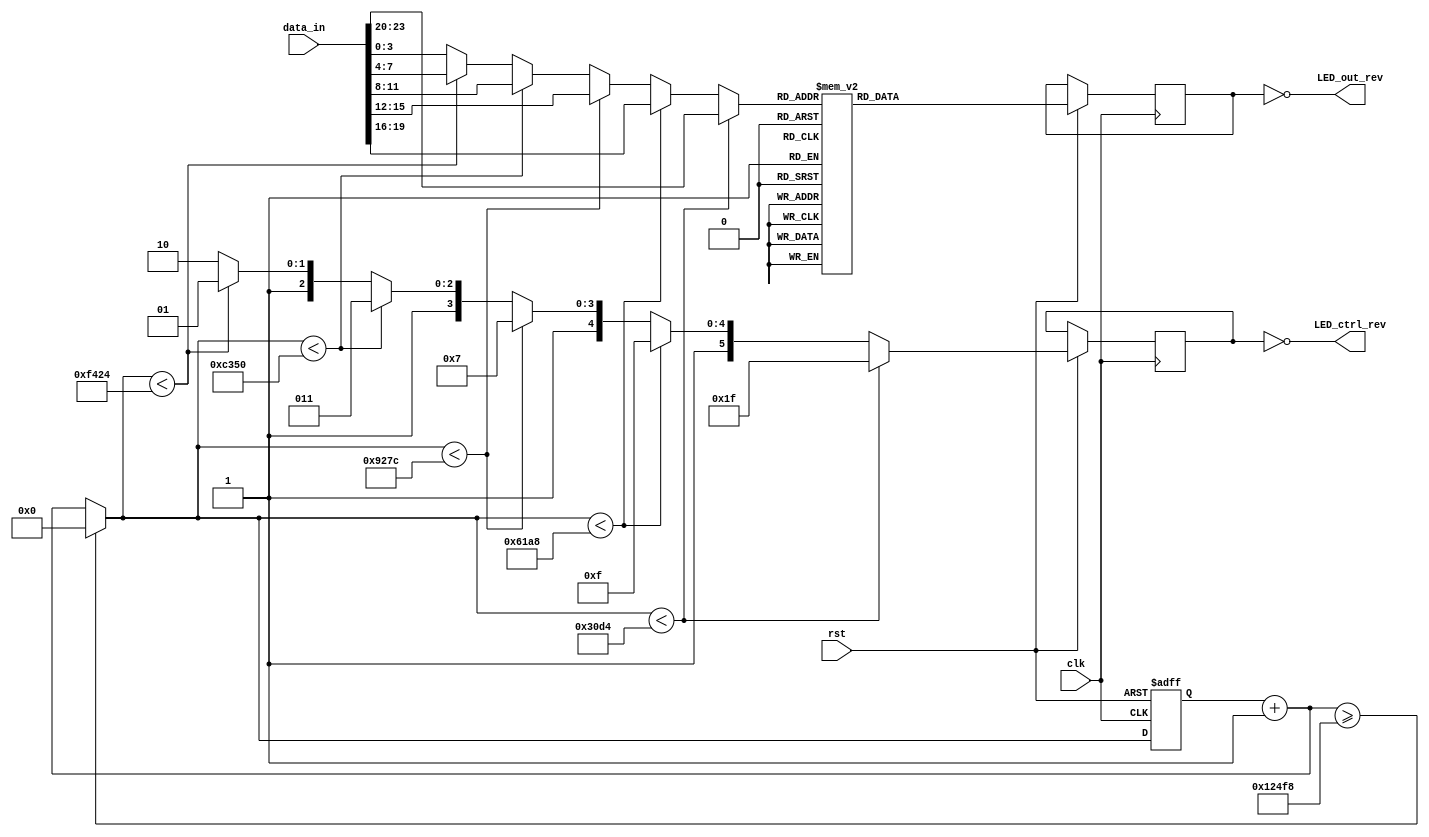
module Anvyl_DISP(
    output [7 : 0] LED_out_rev,
    output [5 : 0] LED_ctrl_rev,
    input clk,
    input rst,
    input [23 : 0] data_in
    );

	reg [7 : 0] LED_out;
	reg [5 : 0] LED_ctrl;
	reg [3 : 0] LED_content;
	reg [19 : 0] timer;
	
	assign LED_out_rev = ~LED_out;
	assign LED_ctrl_rev = ~LED_ctrl;

	// 7-segment
	always @(posedge clk or negedge rst)
	begin
		if (rst == 0)
		begin
			timer = 0;
		end
		else
		begin
			timer = timer+1;
			if (timer >= 75000)
			begin
				timer = 0;
			end
			if (timer < 12500)
			begin
				LED_ctrl = 6'b011111;
				LED_content = data_in[23 : 20];
			end
			else if (timer < 25000)
			begin
				LED_ctrl = 6'b101111;
				LED_content = data_in[19 : 16];
			end
			else if (timer < 37500)
			begin
				LED_ctrl = 6'b110111;
				LED_content = data_in[15 : 12];
			end
			else if (timer < 50000)
			begin
				LED_ctrl = 6'b111011;
				LED_content = data_in[11 : 8];
			end
			else if (timer < 62500)
			begin
				LED_ctrl = 6'b111101;
				LED_content = data_in[7 : 4];
			end
			else
			begin
				LED_ctrl = 6'b111110;
				LED_content = data_in[3 : 0];
			end
			// encode
			case (LED_content)
				4'b0000:	LED_out = 8'b00000011;
				4'b0001:	LED_out = 8'b10011111;
				4'b0010:	LED_out = 8'b00100101;
				4'b0011:	LED_out = 8'b00001101;
				4'b0100:	LED_out = 8'b10011001;
				4'b0101:	LED_out = 8'b01001001;
				4'b0110:	LED_out = 8'b01000001;
				4'b0111:	LED_out = 8'b00011111;
				4'b1000:	LED_out = 8'b00000001;
				4'b1001:	LED_out = 8'b00001001;
				4'b1010:	LED_out = 8'b00010001;
				4'b1011:	LED_out = 8'b11000001;
				4'b1100:	LED_out = 8'b01100011;
				4'b1101:	LED_out = 8'b10000101;
				4'b1110:	LED_out = 8'b01100001;
				4'b1111:	LED_out = 8'b01110001;
			endcase
		end
	end

endmodule